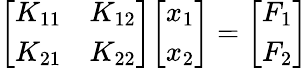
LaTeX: {\left[\begin{array}{ll}{K_{11}}&{K_{12}}\\ {K_{21}}&{K_{22}}\end{array}\right]}{\left[\begin{array}{l}{x_{1}}\\ {x_{2}}\end{array}\right]}={\left[\begin{array}{l}{F_{1}}\\ {F_{2}}\end{array}\right]}